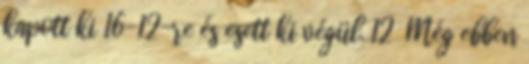
kapott ki 16-12-re és esett ki végül. 12 Még ebben